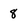
Character: 8